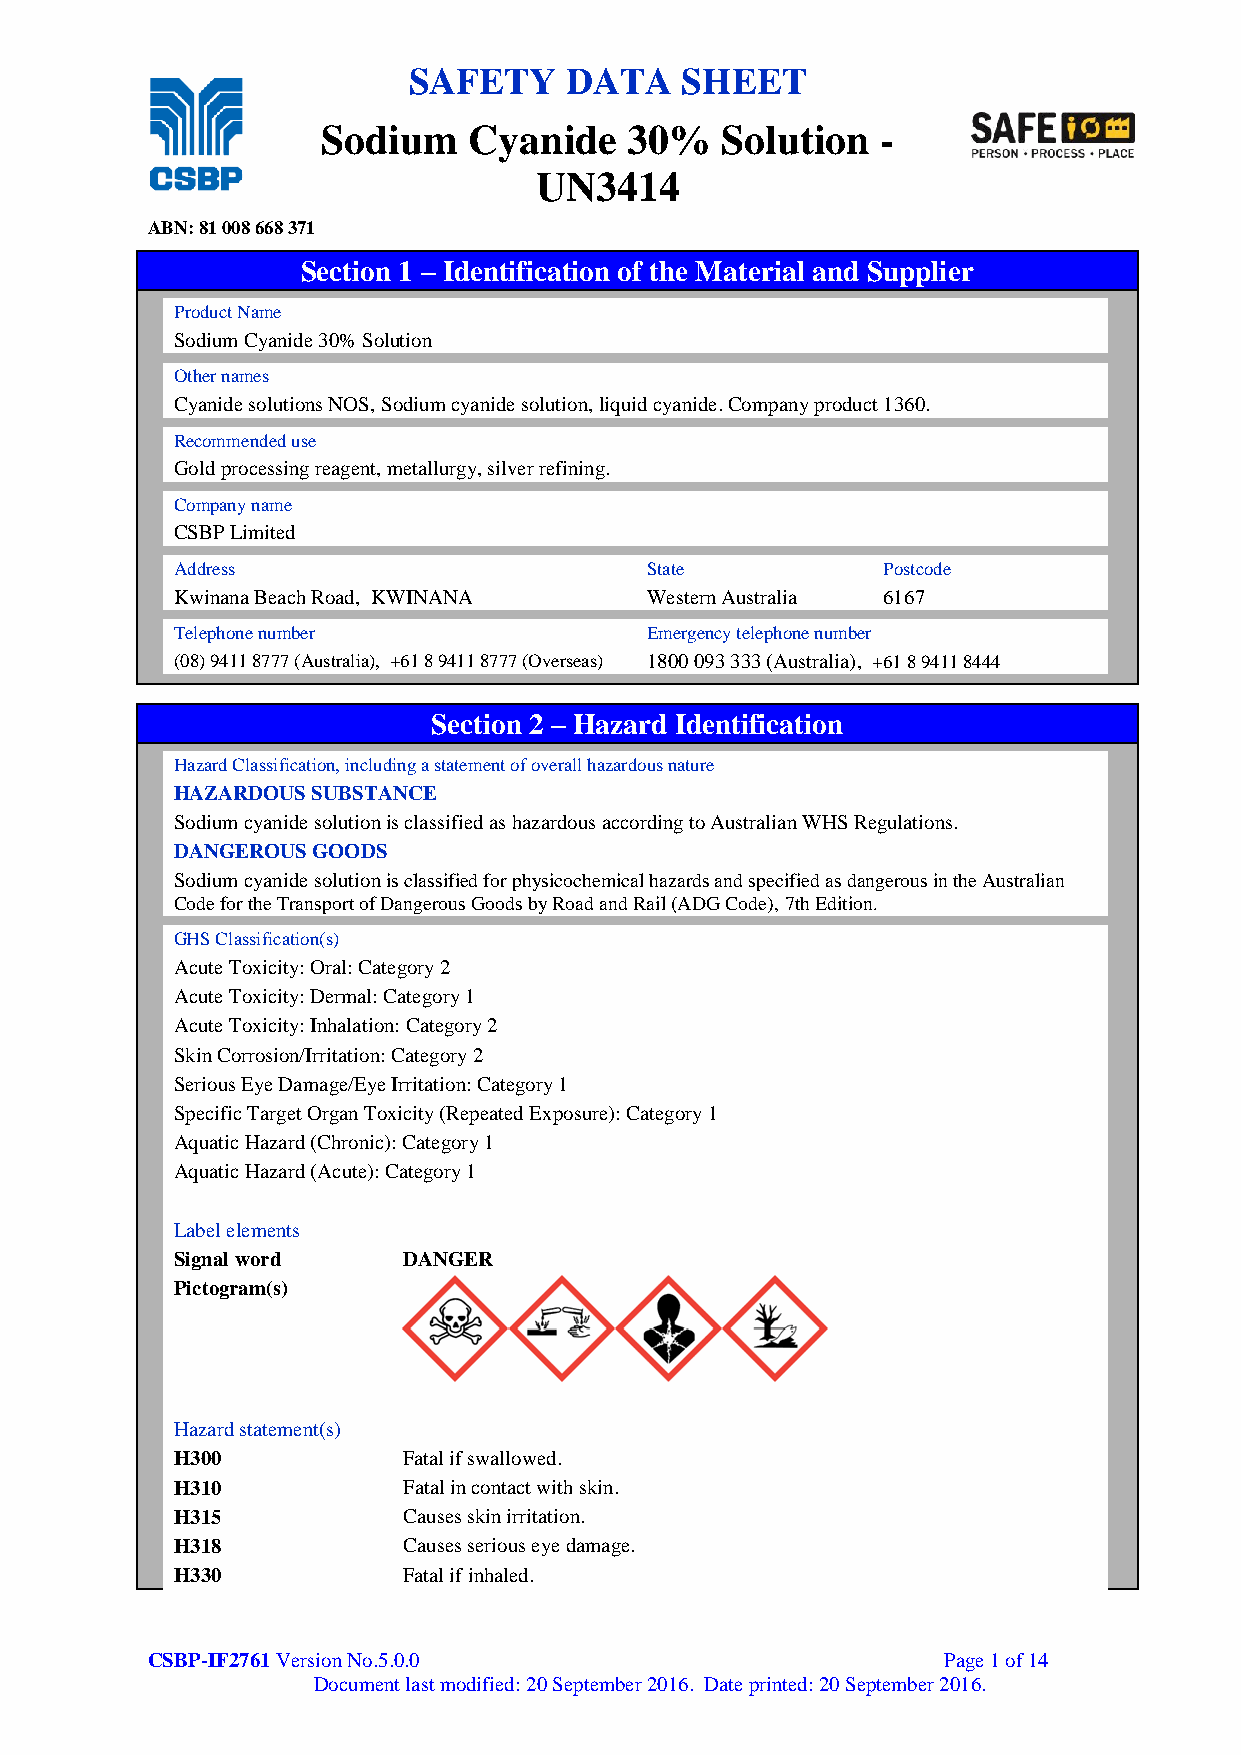
SAFETY    DATA    SHEET
 Sodium    Cyanide    30%   Solution  -
 UN3414
 ABN: 81 008 668 371
 Section 1 – Identification of the Material and Supplier
 Product Name
 Sodium Cyanide 30% Solution
 Other names
 Cyanide solutions NOS, Sodium cyanide solution, liquid cyanide. Company product 1360.
 Recommended use
 Gold processing reagent, metallurgy, silver refining.
 Company name
 CSBP Limited
 Address                        State          Postcode
 Kwinana Beach Road, KWINANA    Western Australia 6167
 Telephone number               Emergency telephone number
 (08) 9411 8777 (Australia), +61 8 9411 8777 (Overseas) 1800 093 333 (Australia), +61 8 9411 8444
 Section 2 – Hazard Identification
 Hazard Classification, including a statement of overall hazardous nature
 HAZARDOUS SUBSTANCE
 Sodium cyanide solution is classified as hazardous according to Australian WHS Regulations.
 DANGEROUS GOODS
 Sodium cyanide solution is classified for physicochemical hazards and specified as dangerous in the Australian
 Code for the Transport of Dangerous Goods by Road and Rail (ADG Code), 7th Edition.
 GHS Classification(s)
 Acute Toxicity: Oral: Category 2
 Acute Toxicity: Dermal: Category 1
 Acute Toxicity: Inhalation: Category 2
 Skin Corrosion/Irritation: Category 2
 Serious Eye Damage/Eye Irritation: Category 1
 Specific Target Organ Toxicity (Repeated Exposure): Category 1
 Aquatic Hazard (Chronic): Category 1
 Aquatic Hazard (Acute): Category 1
 Label elements
 Signal word    DANGER
 Pictogram(s)
 Hazard statement(s)
 H300           Fatal if swallowed.
 H310           Fatal in contact with skin.
 H315           Causes skin irritation.
 H318           Causes serious eye damage.
 H330           Fatal if inhaled.
 CSBP-IF2761 Version No.5.0.0                        Page 1 of 14
 Document last modified: 20 September 2016. Date printed: 20 September 2016.